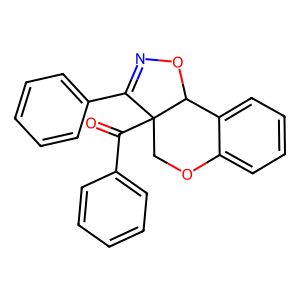
SMILES: O=C(c1ccccc1)C12COc3ccccc3C1ON=C2c1ccccc1
Inhibits HIV replication: No